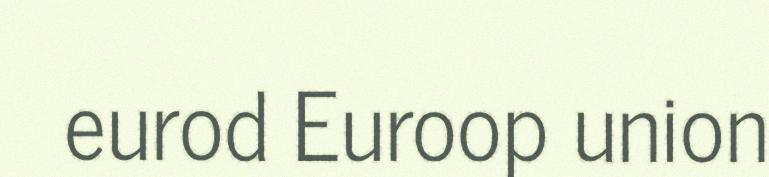
eurod Euroop union